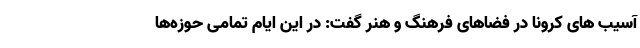
آسیب های کرونا در فضاهای فرهنگ و هنر گفت: در این ایام تمامی حوزه‌ها